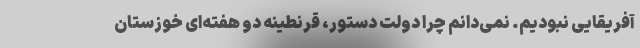
آفریقایی نبودیم. نمی‌دانم چرا دولت دستور، قرنطینه دو هفته‌ای خوزستان